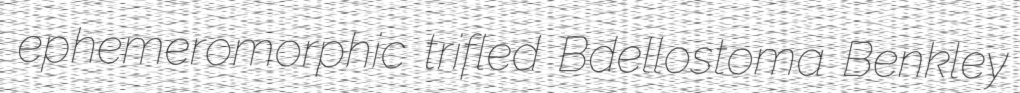
ephemeromorphic trifled Bdellostoma Benkley